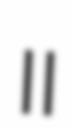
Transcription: II